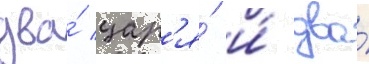
два́ цар'я́ и́ два́